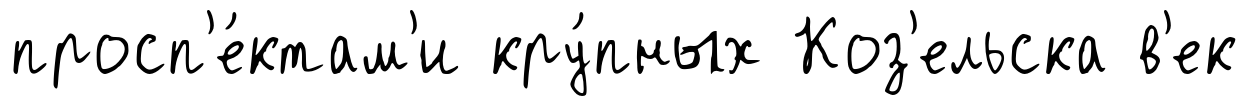
просп'е́ктам'и кру́пных Коз'ельска в'ек